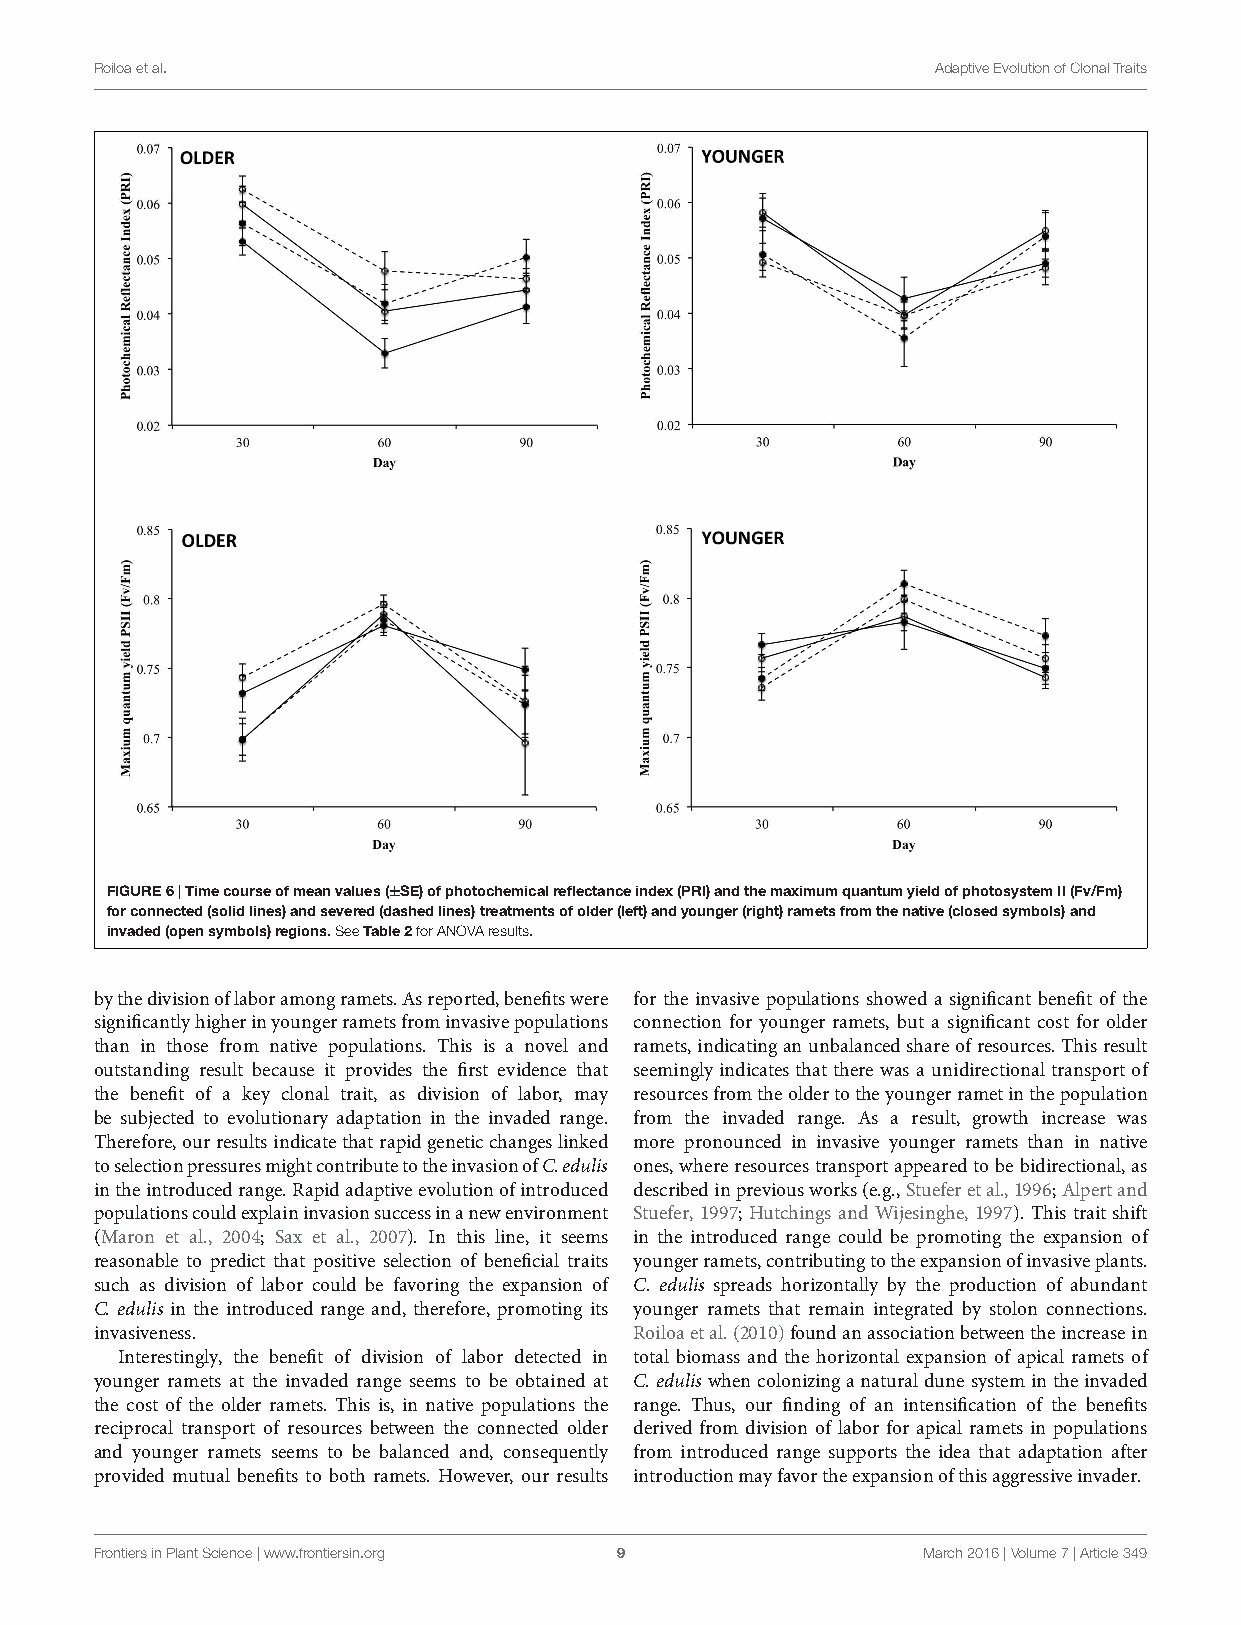
fpls-07-00349 March25,2016 Time:11:51 #9
 Roiloaetal.                                             AdaptiveEvolutionofClonalTraits
 FIGURE6|Timecourseofmeanvalues(±SE)ofphotochemicalreflectanceindex(PRI)andthemaximumquantumyieldofphotosystemII(Fv/Fm)
 forconnected(solidlines)andsevered(dashedlines)treatmentsofolder(left)andyounger(right)rametsfromthenative(closedsymbols)and
 invaded(opensymbols)regions.SeeTable2forANOVAresults.
 bythedivisionoflaboramongramets.Asreported,benefitswere for the invasive populations showed a significant benefit of the
 significantlyhigherinyoungerrametsfrominvasivepopulations connection for younger ramets, but a significant cost for older
 than in those from native populations. This is a novel and ramets,indicatinganunbalancedshareofresources.Thisresult
 outstanding result because it provides the first evidence that seemingly indicates that there was a unidirectional transport of
 the benefit of a key clonal trait, as division of labor, may resourcesfromtheoldertotheyoungerrametinthepopulation
 be subjected to evolutionary adaptation in the invaded range. from the invaded range. As a result, growth increase was
 Therefore,ourresultsindicatethatrapidgeneticchangeslinked more pronounced in invasive younger ramets than in native
 toselectionpressuresmightcontributetotheinvasionofC.edulis ones,whereresourcestransportappearedtobebidirectional,as
 intheintroducedrange.Rapidadaptiveevolutionofintroduced describedinpreviousworks(e.g.,Stueferetal.,1996;Alpertand
 populationscouldexplaininvasionsuccessinanewenvironment Stuefer, 1997; Hutchings and Wijesinghe, 1997). This trait shift
 (Maron et al., 2004; Sax et al., 2007). In this line, it seems in the introduced range could be promoting the expansion of
 reasonable to predict that positive selection of beneficial traits youngerramets,contributingtotheexpansionofinvasiveplants.
 such as division of labor could be favoring the expansion of C. edulis spreads horizontally by the production of abundant
 C. edulis in the introduced range and, therefore, promoting its younger ramets that remain integrated by stolon connections.
 invasiveness.                       Roiloaetal.(2010)foundanassociationbetweentheincreasein
 Interestingly, the benefit of division of labor detected in total biomass and the horizontal expansion of apical ramets of
 younger ramets at the invaded range seems to be obtained at C.eduliswhencolonizinganaturaldunesystemintheinvaded
 the cost of the older ramets. This is, in native populations the range. Thus, our finding of an intensification of the benefits
 reciprocal transport of resources between the connected older derived from division of labor for apical ramets in populations
 and younger ramets seems to be balanced and, consequently from introduced range supports the idea that adaptation after
 provided mutual benefits to both ramets. However, our results introductionmayfavortheexpansionofthisaggressiveinvader.
 FrontiersinPlantScience|www.frontiersin.org 9          March2016|Volume7|Article349